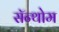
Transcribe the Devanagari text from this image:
सॅन्थोम